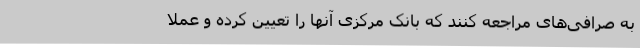
به صرافی‌های مراجعه کنند که بانک مرکزی آنها را تعیین کرده و عملاً